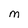
Character: M